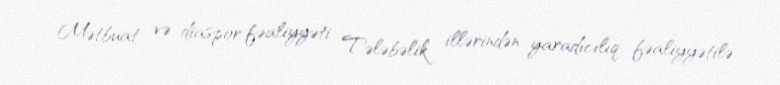
Mətbuat və diaspor fəaliyyəti Tələbəlik illərindən yaradıcılıq fəaliyyətilə